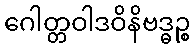
ဂေါတ္တဝါဒဝိနိဗဒ္ဓဉ္စ